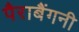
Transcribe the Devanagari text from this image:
पैराबैंगनी